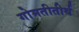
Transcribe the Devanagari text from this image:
गोमतीतीर्थ